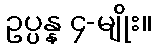
ဥပ္ပန္န ၄-မျိုး။